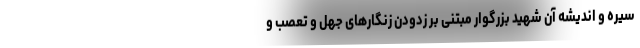
سیره و اندیشه آن شهید بزرگوار مبتنی بر زدودن زنگارهای جهل و تعصب و